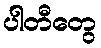
ပါတီတွေ